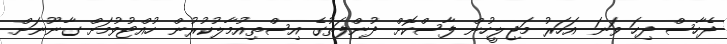
ދެހާސް ދިހަ ވަނަ އަހަރު މަޖިލީހުން ފާސްކޮށް ދުންފަތުގެ އިސްތިއުމާލުކުރުން ހުއްޓުވުމަށް ގާނޫނަށް